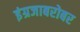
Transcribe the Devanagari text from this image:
इंग्रजाबरोबर